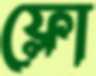
ফ্লো